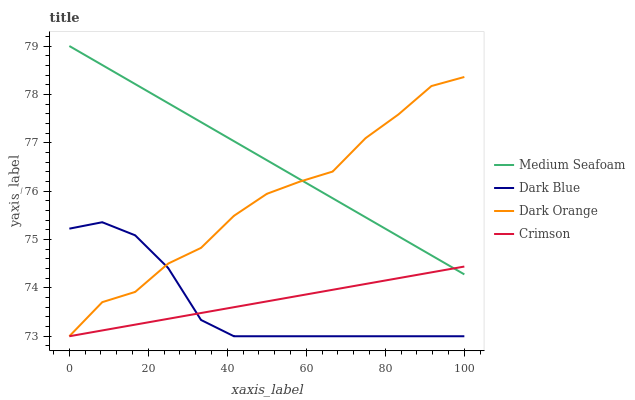
| xaxis_label | Medium Seafoam | Dark Blue | Dark Orange | Crimson |
 | --- | --- | --- | --- | --- |
 | 0 | 79 | 75.2 | 73 | 73 |
 | 8.33 | 78.6 | 75.4 | 73.7 | 73.1 |
 | 16.7 | 78.2 | 75.1 | 73.9 | 73.2 |
 | 25 | 77.8 | 74.4 | 74.5 | 73.4 |
 | 33.3 | 77.4 | 73.3 | 74.8 | 73.5 |
 | 41.7 | 77 | 73 | 75.5 | 73.6 |
 | 50 | 76.6 | 73 | 75.9 | 73.7 |
 | 58.3 | 76.2 | 73 | 76.2 | 73.8 |
 | 66.7 | 75.9 | 73 | 76.4 | 74 |
 | 75 | 75.5 | 73 | 77.1 | 74.1 |
 | 83.3 | 75.1 | 73 | 77.6 | 74.2 |
 | 91.7 | 74.7 | 73 | 78.2 | 74.3 |
 | 100 | 74.3 | 73 | 78.4 | 74.4 |